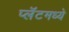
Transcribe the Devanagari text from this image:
प्लॅटमध्ये